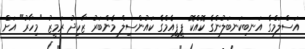
އަސްލަމްގެ އަނބިކަނބަލުންގެ ކޮއްކޮ ޕީޕީއެމްގެ ކައުންސިލް މެންބަރު ޒާހިދު ރަމީޒު "މިހާރު" އަށް